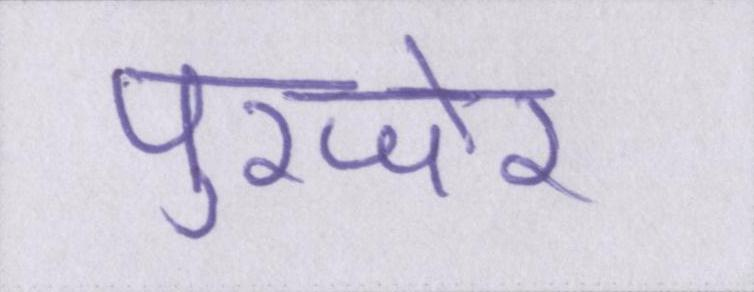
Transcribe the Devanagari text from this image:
पुरजोर